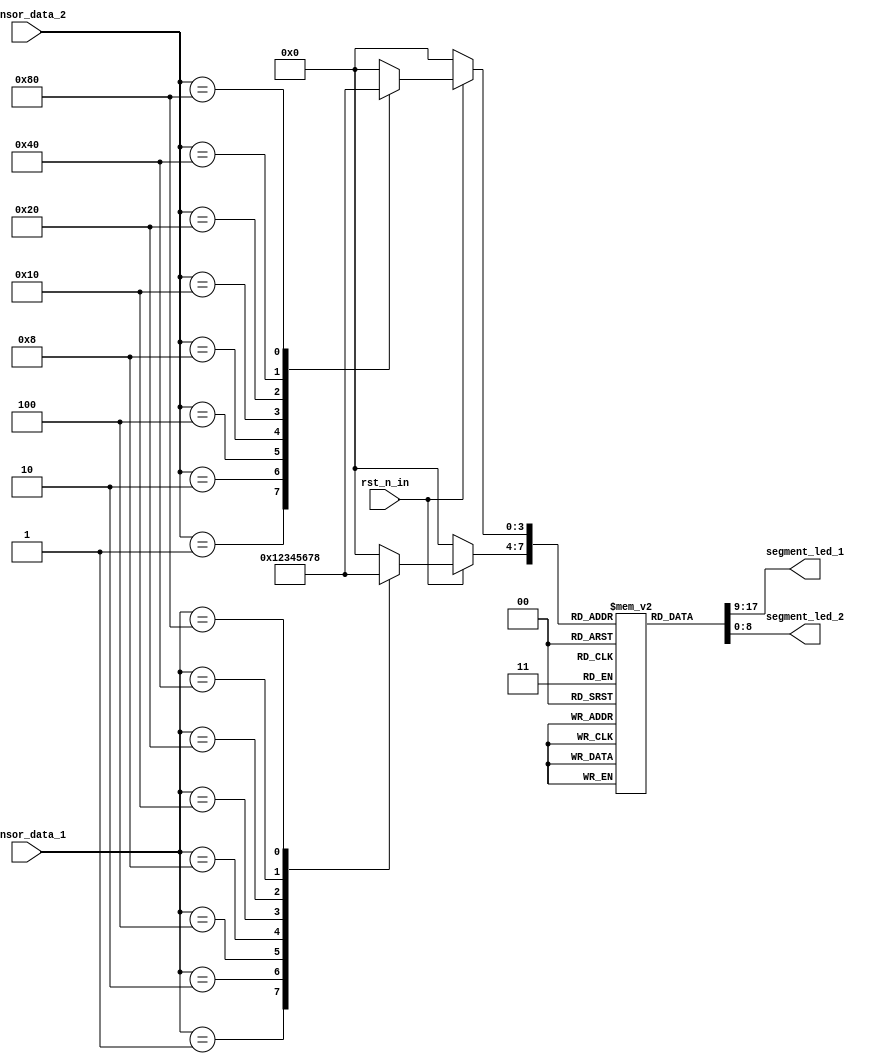
// --------------------------------------------------------------------
// >>>>>>>>>>>>>>>>>>>>>>>>> COPYRIGHT NOTICE <<<<<<<<<<<<<<<<<<<<<<<<<
// --------------------------------------------------------------------
// Module: Display
// 
// 
// Description: 
// 
// Web: www.stepfpga.com
// 
// --------------------------------------------------------------------
// Code Revision History :
// --------------------------------------------------------------------
// Version: |Mod. Date:   |Changes Made:
// V1.0     |2016/04/20   |Initial ver
// --------------------------------------------------------------------
module display
(
input		 rst_n_in,
input  [7:0] sensor_data_1,  //seg_data input
input  [7:0] sensor_data_2,  //seg_data input
output [8:0] segment_led_1,  //MSB~LSB = SEG,DP,G,F,E,D,C,B,A
output [8:0] segment_led_2   //MSB~LSB = SEG,DP,G,F,E,D,C,B,A
);

reg[8:0] seg [9:0]; 
initial 
	begin
		seg[0] = 9'h3f;   //  0
		seg[1] = 9'h06;   //  1
		seg[2] = 9'h5b;   //  2
		seg[3] = 9'h4f;   //  3
		seg[4] = 9'h66;   //  4
		seg[5] = 9'h6d;   //  5
		seg[6] = 9'h7d;   //  6
		seg[7] = 9'h07;   //  7
		seg[8] = 9'h7f;   //  8
		seg[9] = 9'h6f;   //  9
	end
	
reg [3:0] seg_data1,seg_data2;	
always@(sensor_data_1 or sensor_data_2 or rst_n_in)//0000_0000
begin
	if(!rst_n_in) begin
		seg_data1<=0;
		seg_data2<=0;
	end else begin
		case(sensor_data_1)
			8'h00:seg_data1<=0;//2'b0000_0000
			8'h01:seg_data1<=1;//2'b0000_0001
			8'h02:seg_data1<=2;//2'b0000_0010
			8'h04:seg_data1<=3;//2'b0000_0100
			8'h08:seg_data1<=4;//2'b0000_1000
			8'h10:seg_data1<=5;//2'b0001_0000
			8'h20:seg_data1<=6;//2'b0010_0000
			8'h40:seg_data1<=7;//2'b0100_0000
			8'h80:seg_data1<=8;//2'b1000_0000		
			default:seg_data1<=0;
		endcase
			case(sensor_data_2)
			8'h00:seg_data2<=0;//2'b0000_0000
			8'h01:seg_data2<=1;//2'b0000_0001
			8'h02:seg_data2<=2;//2'b0000_0010
			8'h04:seg_data2<=3;//2'b0000_0100
			8'h08:seg_data2<=4;//2'b0000_1000
			8'h10:seg_data2<=5;//2'b0001_0000
			8'h20:seg_data2<=6;//2'b0010_0000
			8'h40:seg_data2<=7;//2'b0100_0000
			8'h80:seg_data2<=8;//2'b1000_0000		
			default:seg_data2<=0;
		endcase
	end
end 

assign segment_led_1 = seg[seg_data1];
assign segment_led_2 = seg[seg_data2];

endmodule